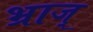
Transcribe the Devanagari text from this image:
भ्राज्